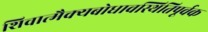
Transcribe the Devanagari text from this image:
शिवात्मैक्यबोधावस्थितिपूर्वक